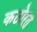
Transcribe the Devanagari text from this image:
कठोरत